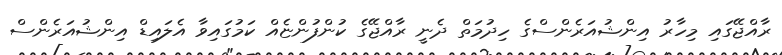
ރާއްޖޭގައި މިހާރު އިންޝުއަރެންސްގެ ހިދުމަތް ދެނީ ރާއްޖޭގެ ކުންފުންޏެއް ކަމުގައިވާ އެލައިޑް އިންޝުއަރެންސް